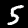
Label: 5